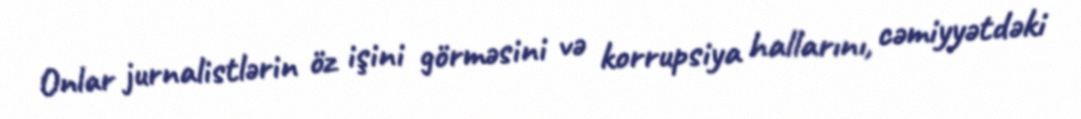
Onlar jurnalistlərin öz işini görməsini və korrupsiya hallarını, cəmiyyətdəki